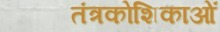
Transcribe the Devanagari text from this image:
तंत्रकोशिकाओं